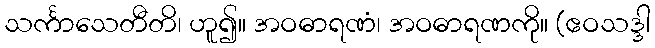
သင်္ကာသေတီတိ၊ ဟူ၍။ အဝဓာရဏံ၊ အဝဓာရဏကို။ (ဧဝသဒ္ဒါ